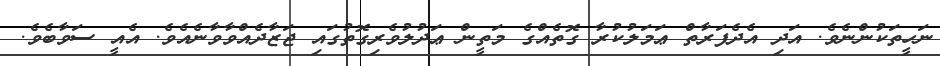
ނަހީތަކުންނެވެ. އަދި އެދެފަރާތް ޢަމަލުކުރާ ގޮތެއްގެ މަތީން ޢަދުލުވެރިގޮތުގައި ޖަޒާދެއްވާވާނެއެވެ. އެއީ ސަވާބެވެ.